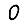
Digit: 0